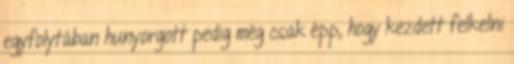
egyfolytában hunyorgott pedig még csak épp, hogy kezdett felkelni